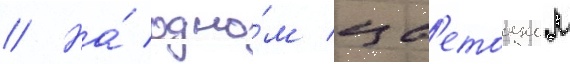
// На́ одно́м цв'етоносном